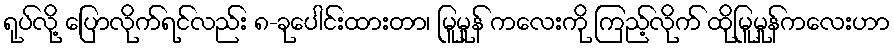
ရုပ်လို့ ပြောလိုက်ရင်လည်း ၈-ခုပေါင်းထားတာ၊ မြူမှုန် ကလေးကို ကြည့်လိုက် ထိုမြူမှုန်ကလေးဟာ